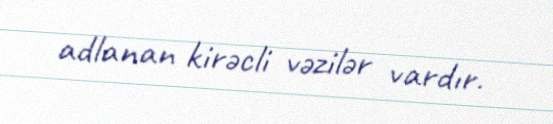
adlanan kirəcli vəzilər vardır.